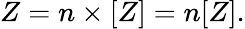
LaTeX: Z=n\times[Z]=n[Z].